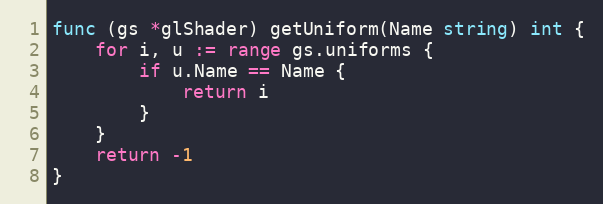
Language: Go
func (gs *glShader) getUniform(Name string) int {
	for i, u := range gs.uniforms {
		if u.Name == Name {
			return i
		}
	}
	return -1
}